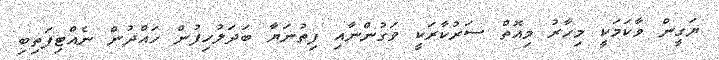
ޔަގީން ވާކަމަކީ މިހާރު މިއޮތް ސަރުކާރަކީ ވަގުންނާއި ފިތުނަޔާ ބަދަލުހިފުން ހައްދުން ނެއްޓިފަތިބި